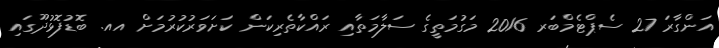
އަންގާރަ 27 ސެޕްޓެމްބަރ 2016 މަގުމަތީގެ ސަލާމަތާއި ރައްކާތެރިކަން ކަށަވަރުކުރުމަށް އއ. ބޮޑުފޮޅުދޫގައި